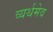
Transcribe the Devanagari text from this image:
व्यर्थमेव